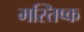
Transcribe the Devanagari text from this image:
मस्‍तिष्क